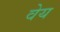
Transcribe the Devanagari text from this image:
वेय